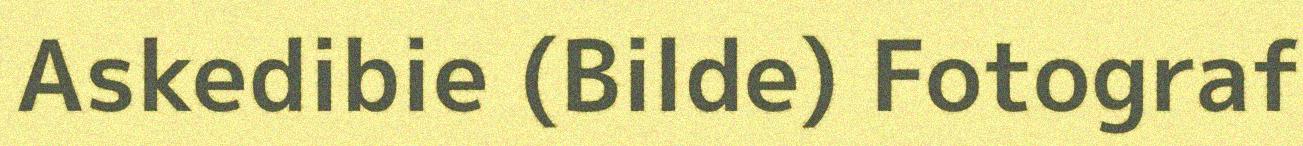
Askedibie (Bilde) Fotograf